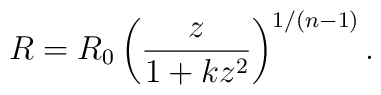
R=R_0\left( \frac z{1+kz^2}\right) ^{1/(n-1)}.